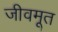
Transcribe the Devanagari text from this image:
जीवमूत